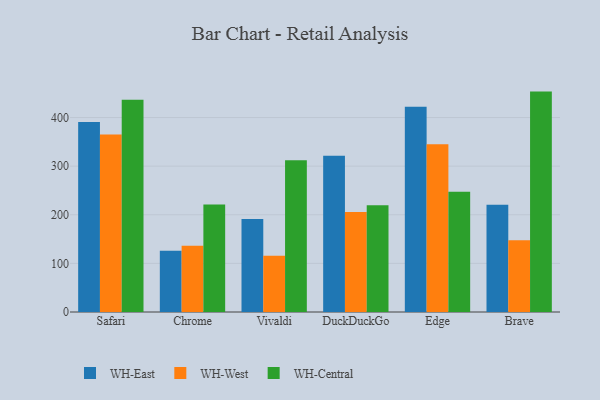
{"axis": {"x": "Browser", "y": "Tickets Resolved"}, "legend": ["WH-Central", "WH-East", "WH-West"], "data": [{"x": "Safari", "y": 390.9, "type": "WH-East"}, {"x": "Safari", "y": 365.3, "type": "WH-West"}, {"x": "Safari", "y": 436.4, "type": "WH-Central"}, {"x": "Chrome", "y": 126.2, "type": "WH-East"}, {"x": "Chrome", "y": 136.1, "type": "WH-West"}, {"x": "Chrome", "y": 221.3, "type": "WH-Central"}, {"x": "Vivaldi", "y": 191.1, "type": "WH-East"}, {"x": "Vivaldi", "y": 115.7, "type": "WH-West"}, {"x": "Vivaldi", "y": 312.1, "type": "WH-Central"}, {"x": "DuckDuckGo", "y": 321.2, "type": "WH-East"}, {"x": "DuckDuckGo", "y": 205.6, "type": "WH-West"}, {"x": "DuckDuckGo", "y": 219.7, "type": "WH-Central"}, {"x": "Edge", "y": 422.2, "type": "WH-East"}, {"x": "Edge", "y": 345.2, "type": "WH-West"}, {"x": "Edge", "y": 247.5, "type": "WH-Central"}, {"x": "Brave", "y": 220.8, "type": "WH-East"}, {"x": "Brave", "y": 147.8, "type": "WH-West"}, {"x": "Brave", "y": 453.3, "type": "WH-Central"}]}